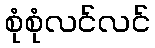
စုံစုံလင်လင်